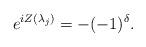
LaTeX: \begin{align*}e^{iZ(\lambda _{j})}=-(-1)^{\delta }.\end{align*}